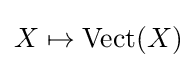
X\mapsto \operatorname {Vect} (X)